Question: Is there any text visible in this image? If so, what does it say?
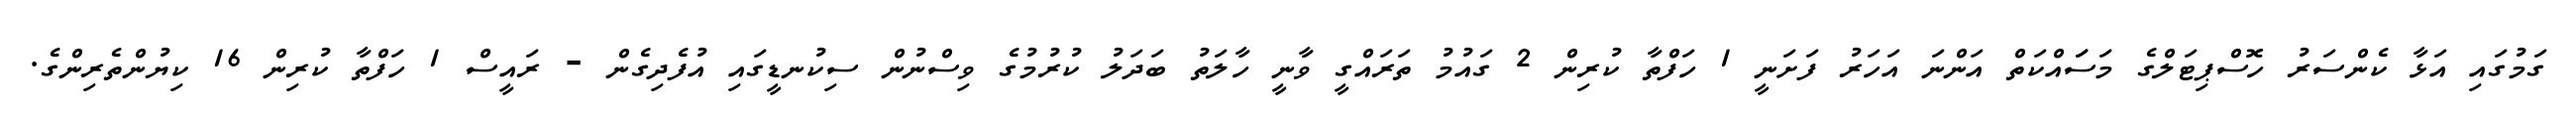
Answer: ގަމުގައި އަޅާ ކެންސަރު ހޮސްޕިޓަލްގެ މަސަައްކަތް އަންނަ އަހަރު ފަށަނީ 1 ހަފްތާ ކުރިން 2 ގައުމު ތަރައްގީ ވާނީ ހާލަތު ބަދަލު ކުރުމުގެ ވިސްނުން ސިކުނޑީގައި އުފެދިގެން - ރައީސް 1 ހަފްތާ ކުރިން 16 ކިޔުންތެރިންގެ.